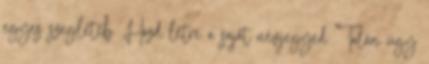
egyes szegletéb. Hozd létre a saját névjegyed “Talán úgy